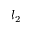
l _ { 2 }